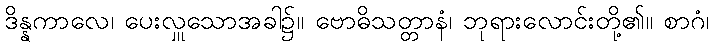
ဒိန္နကာလေ၊ ပေးလှူသောအခါ၌။ ဗောဓိသတ္တာနံ၊ ဘုရားလောင်းတို့၏။ စာဂံ၊